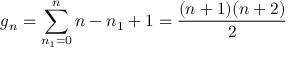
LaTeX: g _ { n } = \sum _ { n _ { 1 } = 0 } ^ { n } n - n _ { 1 } + 1 = { \frac { ( n + 1 ) ( n + 2 ) } { 2 } }